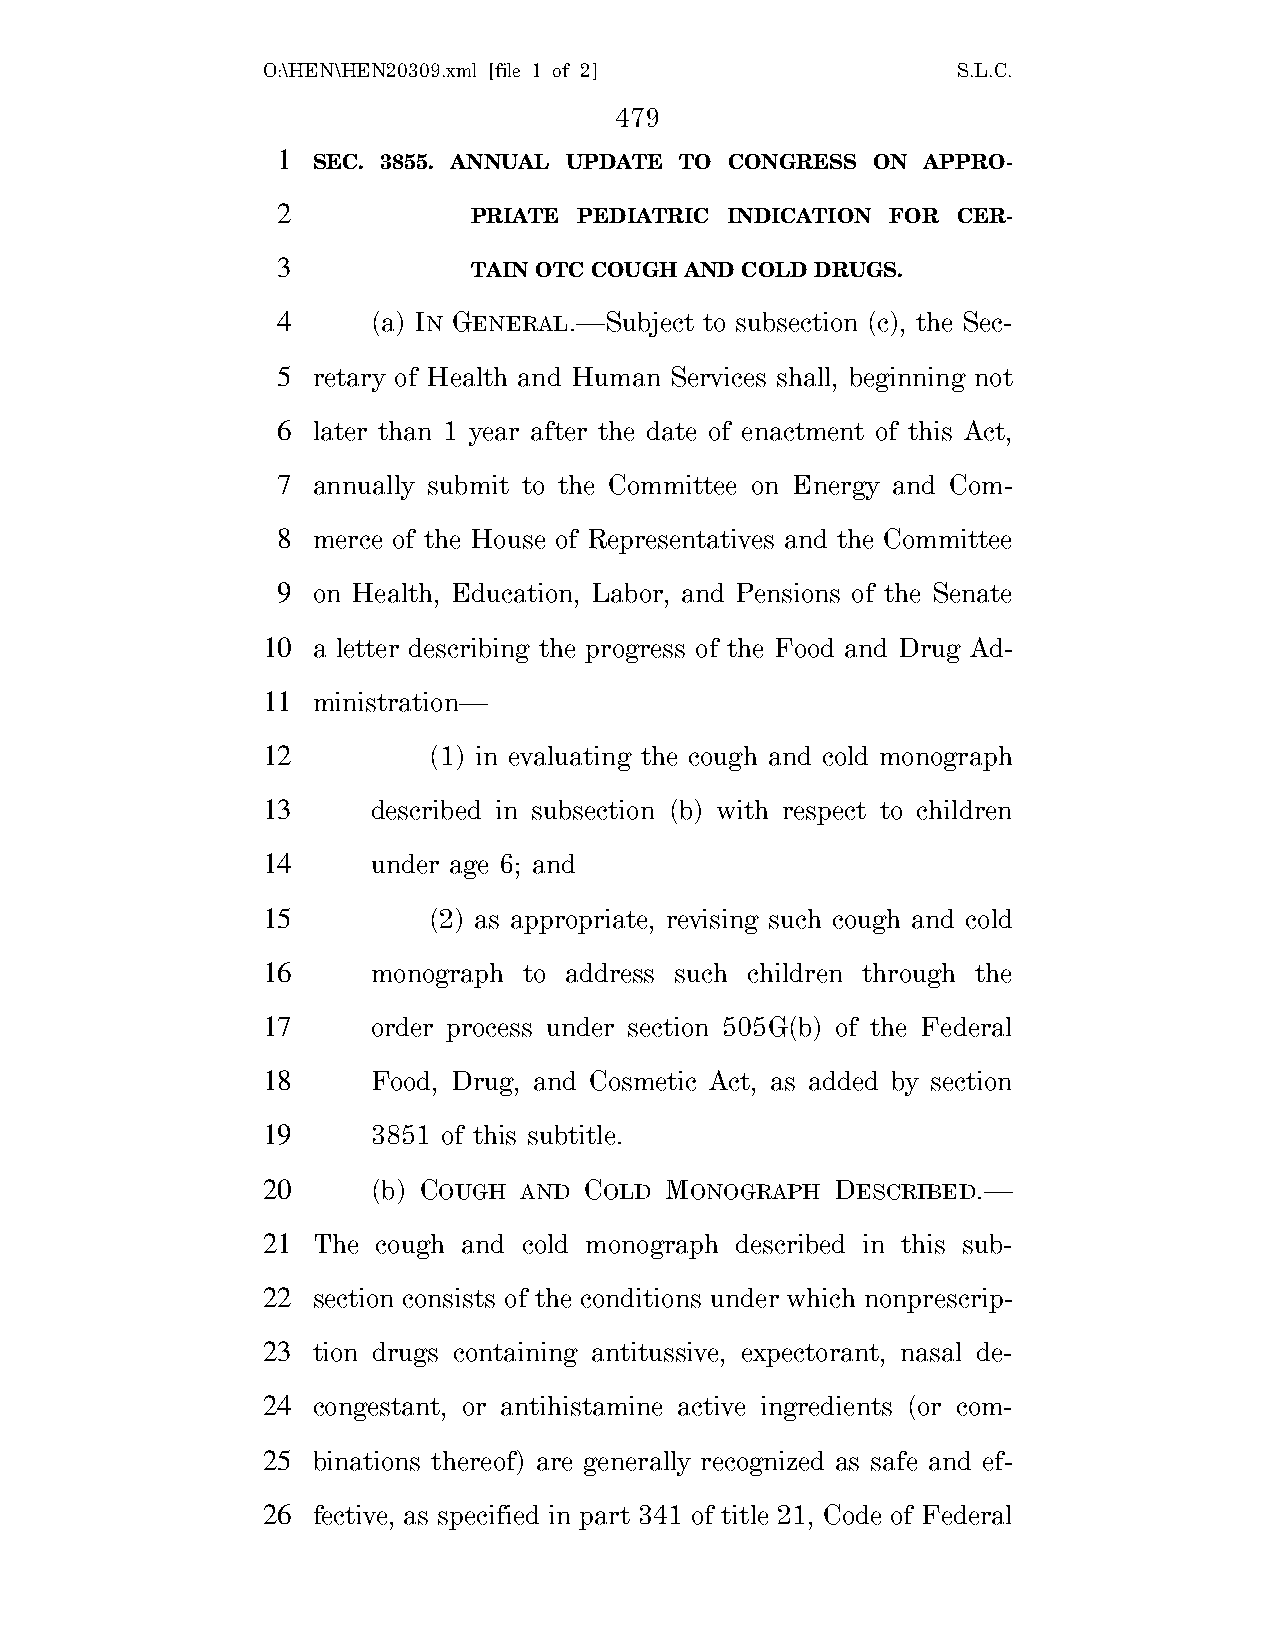
O:\HEN\HEN20309.xml [file 1 of 2]             S.L.C.
 479
 1
 SEC. 3855. ANNUAL UPDATE TO CONGRESS ON APPRO-
 2
 PRIATE PEDIATRIC INDICATION FOR CER-
 3
 TAIN OTC COUGH AND COLD DRUGS.
 4      (a) IN GENERAL.—Subject to subsection (c), the Sec-
 5  retary of Health and Human Services shall, beginning not
 6  later than 1 year after the date of enactment of this Act,
 7  annually submit to the Committee on Energy and Com-
 8  merce of the House of Representatives and the Committee
 9  on Health, Education, Labor, and Pensions of the Senate
 10  a letter describing the progress of the Food and Drug Ad-
 11  ministration—
 12         (1) in evaluating the cough and cold monograph
 13      described in subsection (b) with respect to children
 14      under age 6; and
 15         (2) as appropriate, revising such cough and cold
 16      monograph to address such children through the
 17      order process under section 505G(b) of the Federal
 18      Food, Drug, and Cosmetic Act, as added by section
 19      3851 of this subtitle.
 20      (b) COUGH AND COLD MONOGRAPH  DESCRIBED.—
 21  The cough and cold monograph described in this sub-
 22  section consists of the conditions under which nonprescrip-
 23  tion drugs containing antitussive, expectorant, nasal de-
 24  congestant, or antihistamine active ingredients (or com-
 25  binations thereof) are generally recognized as safe and ef-
 26  fective, as specified in part 341 of title 21, Code of Federal